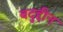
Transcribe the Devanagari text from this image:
बदुद्दीन